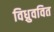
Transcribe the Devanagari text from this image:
विध्रुववित